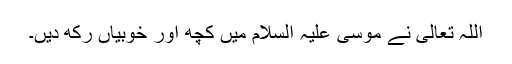
اللہ تعالیٰ نے موسیٰ علیہ السلام میں کچھ اور خوبیاں رکھ دیں۔